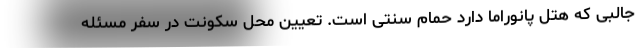
جالبی که هتل پانوراما دارد حمام سنتی است. تعیین محل سکونت در سفر مسئله